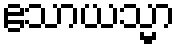
ဧသာယသ္မာ